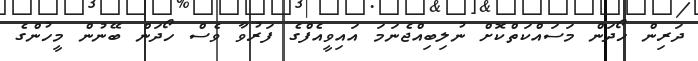
ދަރިން ހޯދަން މަސައްކަތްކޮށް ނުލިބިއްޖެނަމަ އައިވީއެފްގެ ފަރުވާ ވެސް ހޯދަން ބޭނުން މީހުންގެ